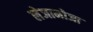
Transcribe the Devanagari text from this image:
लेजामोजा